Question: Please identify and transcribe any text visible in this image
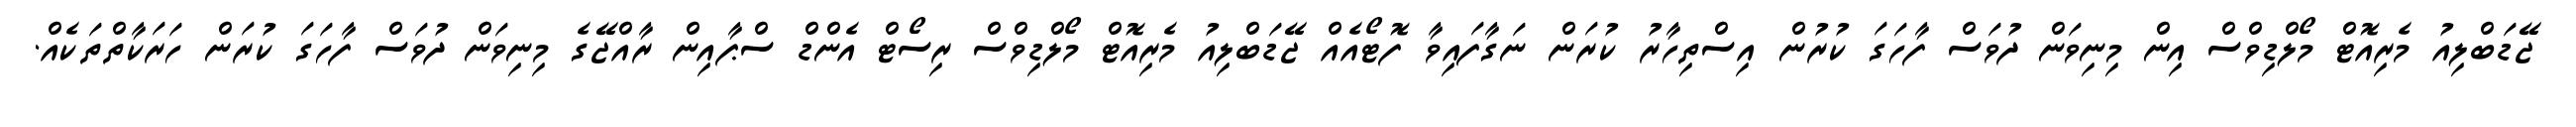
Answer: ޖޭޑަބްލިއު މެރިއޮޓް މޯލްޑިވްސް އިން މިނިވަން ދުވަސް ފާހަގަ ކުރުން އިސްތިހާރު ކުރަން ނަގާފައިވާ ފޮޓޯއެއް ޖޭޑަބްލިއު މެރިއޮޓް މޯލްޑިވްސް ރިސޯޓް އެންޑް ސްޕާއިން ރާއްޖޭގެ މިނިވަން ދުވަސް ފާހަގަ ކުރަން ހަރަކާތްތަކެއް.